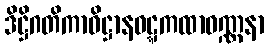
ဒိဋ္ဌိဂတိကာဓိဋ္ဌာနဝဋ္ဋကထာဝဏ္ဏနာ